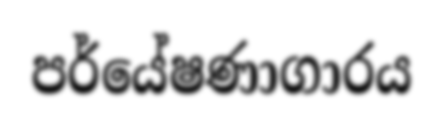
පර්යේෂණාගාරය